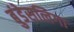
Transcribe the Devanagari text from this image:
बुंडेसलिगा